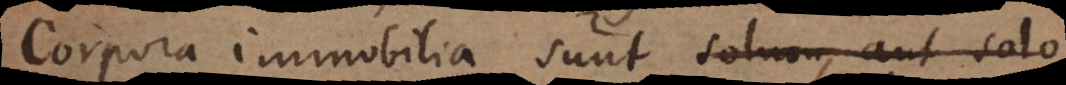
Corpora immobilia sunt solum, aut solo